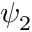
\psi _ { 2 }